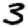
Digit: 3